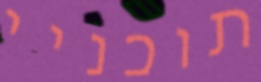
תוכניי